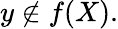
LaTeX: y\not\in f(X).